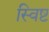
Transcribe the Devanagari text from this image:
स्विष्ट